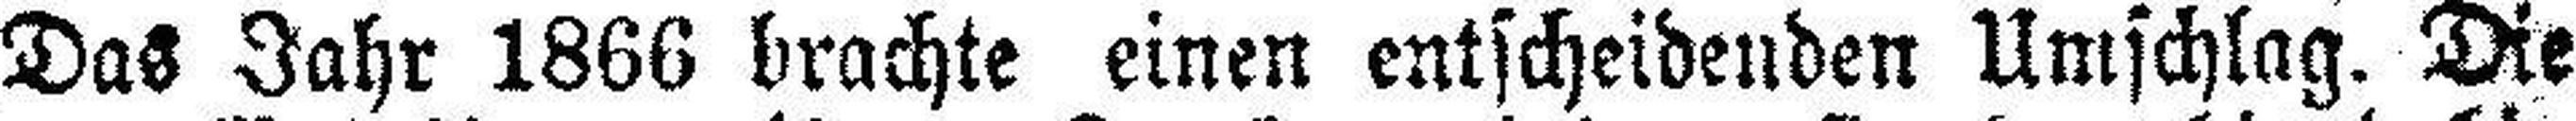
Das Jahr 1866 brachte einen entscheidenden Umschlag. Die